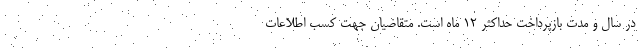
در سال و مدت بازپرداخت حداکثر 12 ماه است. متقاضیان جهت کسب اطلاعات